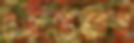
রক্তভেজাও